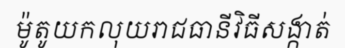
ម៉ូតូយកលុយរាជធានីវិធីសង្កាត់